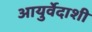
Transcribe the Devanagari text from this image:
आयुर्वेदाशी